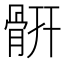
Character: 𩩄